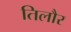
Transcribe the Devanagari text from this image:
तिलौर